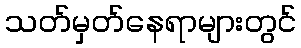
သတ်မှတ်နေရာများတွင်